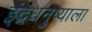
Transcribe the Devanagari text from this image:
इंद्रधनुष्याला